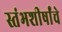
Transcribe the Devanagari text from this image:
स्तंभशीर्षांचे